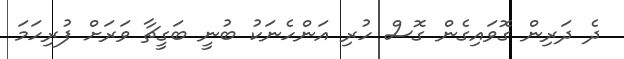
ދެ ދަރިން ގޮވައިގެން ގޮސް ހުރި އަންހެނަކު ބުނީ ބަގީޗާ ވަރަށް ފުރިހަމަ